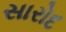
સારોદ